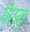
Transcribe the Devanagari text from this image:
पेरम्